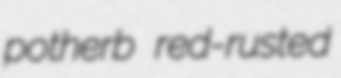
potherb red-rusted